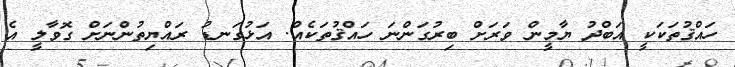
ހައްޤުތަކަކީ އަބްދު ޔާމީން ވަރަށް ބިރުގަންނަ ހައްޤުތަކެއް. އަޅުގަނޑު ރައްޔިތުންނަށް ގޮވާލީ އެ